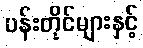
ပန်းတိုင်များနှင့်